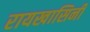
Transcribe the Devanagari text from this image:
रायखासिनी